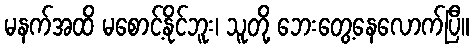
မနက်အထိ မစောင့်နိုင်ဘူး၊ သူတို့ ဘေးတွေ့နေလောက်ပြီ။